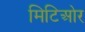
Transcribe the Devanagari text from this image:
मिटिओर